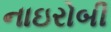
નાઇરોબી